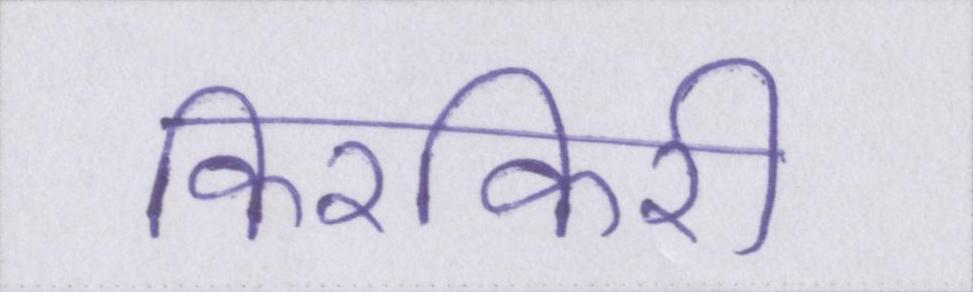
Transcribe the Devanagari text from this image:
किरकिरी